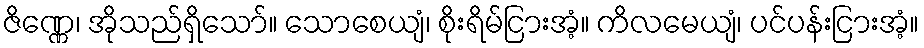
ဇိဏ္ဏေ၊ အိုသည်ရှိသော်။ သောစေယျံ၊ စိုးရိမ်ငြားအံ့။ ကိလမေယျံ၊ ပင်ပန်းငြားအံ့။